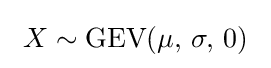
\ X\sim {\textrm {GEV}}(\mu ,\,\sigma ,\,0)\